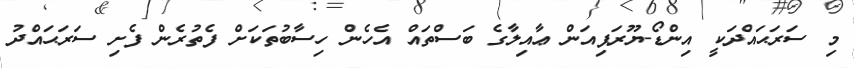
މި ސަރަޙައްދަކީ އިންޑޯ-ޔޫރަޕިއަން ޢާއިލާގެ ބަސްތައް އެހެން ހިސާބުތަކަށް ފެތުރެން ފެށި ސަރަޙައްދު